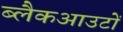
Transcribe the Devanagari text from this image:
ब्लैकआउटों